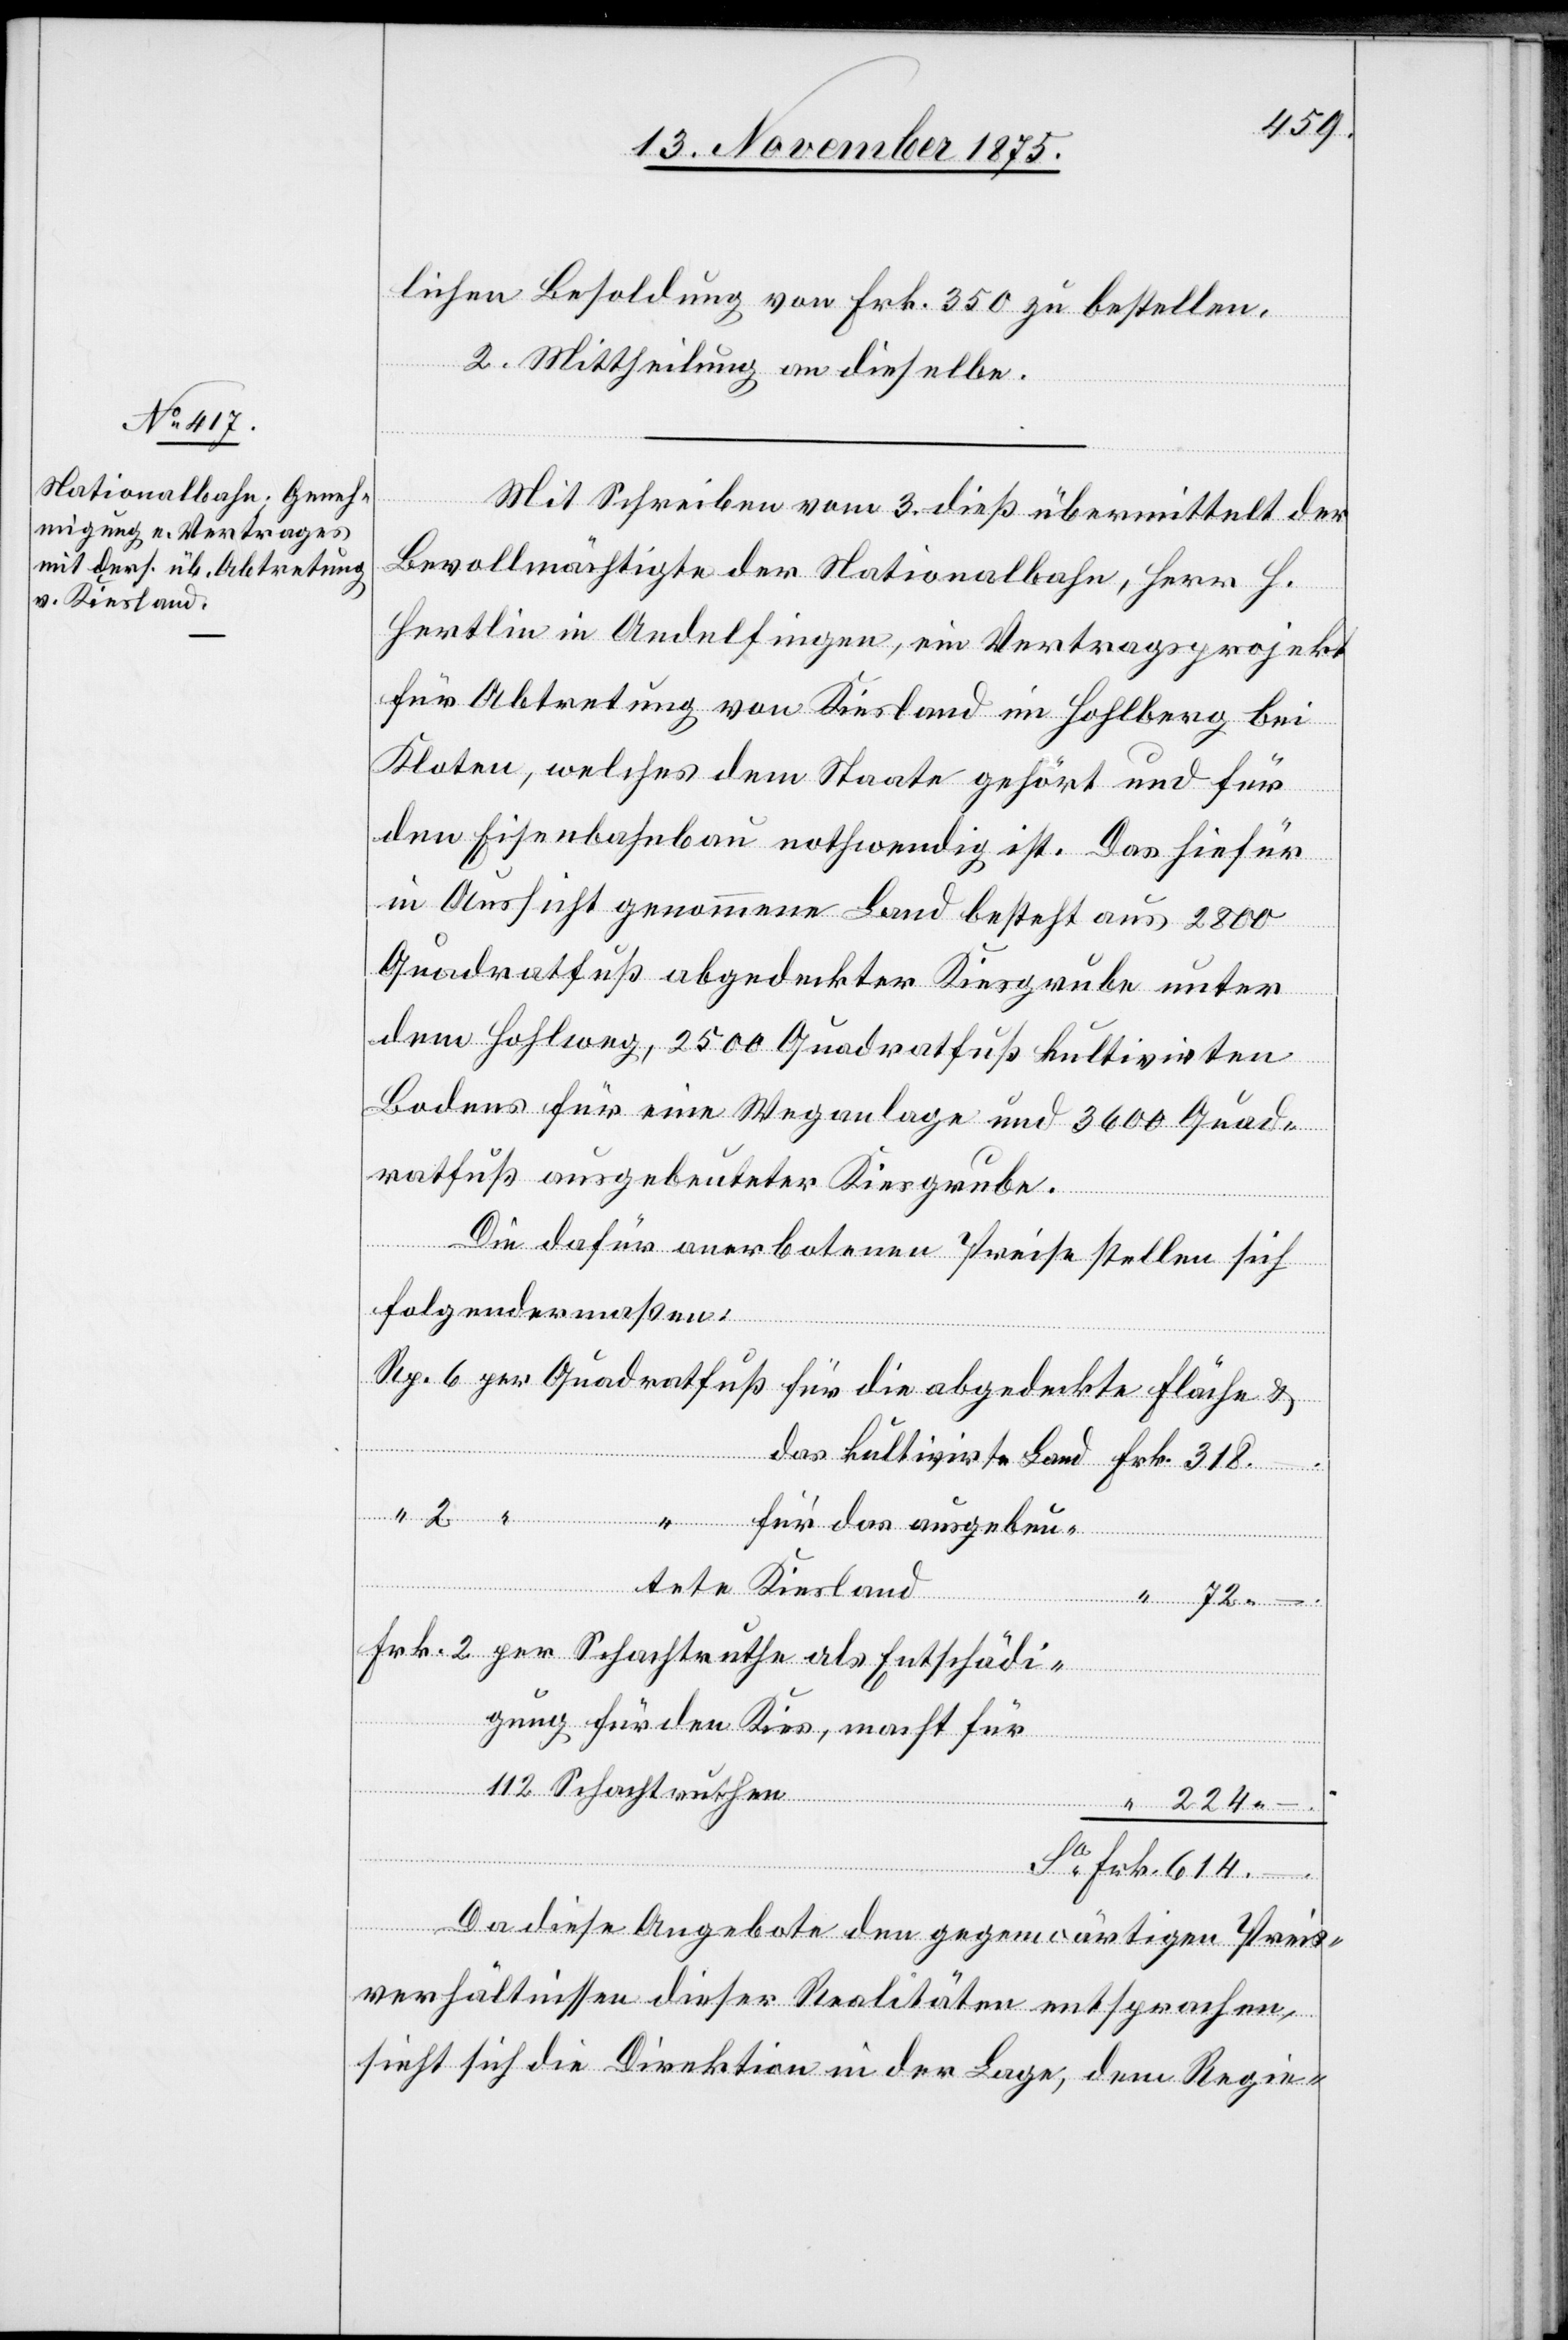
schädi¬

lichen Besoldung von Frk. 350 zu bestellen.
–.
2. Mittheilung an dieselbe.
Mit Schreiben vom 3. dieß übermittelt der
Bevollmächtigte der Nationalbahn, Herr H.
Hertlin in Andelfingen, ein Vertragsprojekt
für Abtretung von Kiesland im Hohlberg bei
Kloten, welches dem Staate gehört und für
den Eisenbahnbau nothwendig ist. Das hiefür
in Aussicht genommene Land besteht aus 2800
Quadratfuß abgedeckter Kiesgrube unter
dem Hohlweg, 2500 Quadratfuß kultivirten
Bodens für eine Weganlage und 3600 Quad¬
ratfuß ausgebeuteter Kiesgrube.
per
Die dafür anerbotenen Preise stellen sich
folgendermaßen:
für das ausgebeu¬
tete Kiesland
Frk.
Fläche & das kultivirte
gung für den Kies, macht für
2
112 Schachtruthen
Ent¬
Da diese Angebote den gegenwärtigen Preis¬
verhältnissen dieser Realitäten entsprachen,
sieht sich die Direktion in der Lage, dem Regie-